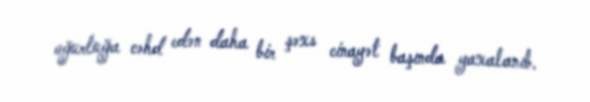
oğurluğa cəhd edən daha bir şəxs cinayət başında yaxalanıb.